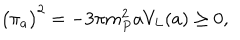
\bigl ( \pi _ { a } \bigr ) ^ { 2 } = - 3 \pi m _ { P } ^ { 2 } a V _ { L } ( a ) \geq 0 ,